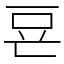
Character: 䜳